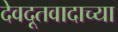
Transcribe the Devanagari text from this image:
देवदूतवादाच्या